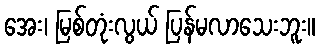
အေး၊ မြစ်တုံးလွယ် ပြန်မလာသေးဘူး။